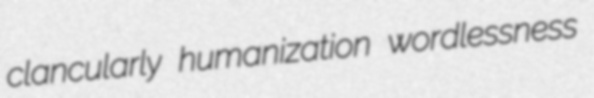
clancularly humanization wordlessness